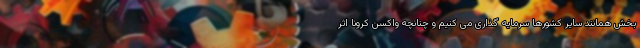
بخش همانند سایر کشورها سرمایه گذاری می کنیم و چنانچه واکسن کرونا اثر